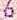
6